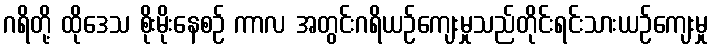
ဂရိတို့ ထိုဒေသ စိုးမိုးနေစဉ် ကာလ အတွင်းဂရိယဉ်ကျေးမှုသည်တိုင်းရင်းသားယဉ်ကျေးမှု